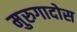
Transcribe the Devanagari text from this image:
मुरुगादोस